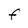
Character: F